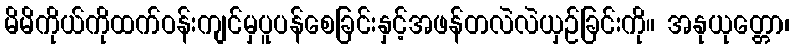
မိမိကိုယ်ကိုထက်ဝန်းကျင်မှပူပန်စေခြင်းနှင့်အဖန်တလဲလဲယှဉ်ခြင်းကို။ အနုယုတ္တော၊